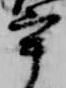
宰